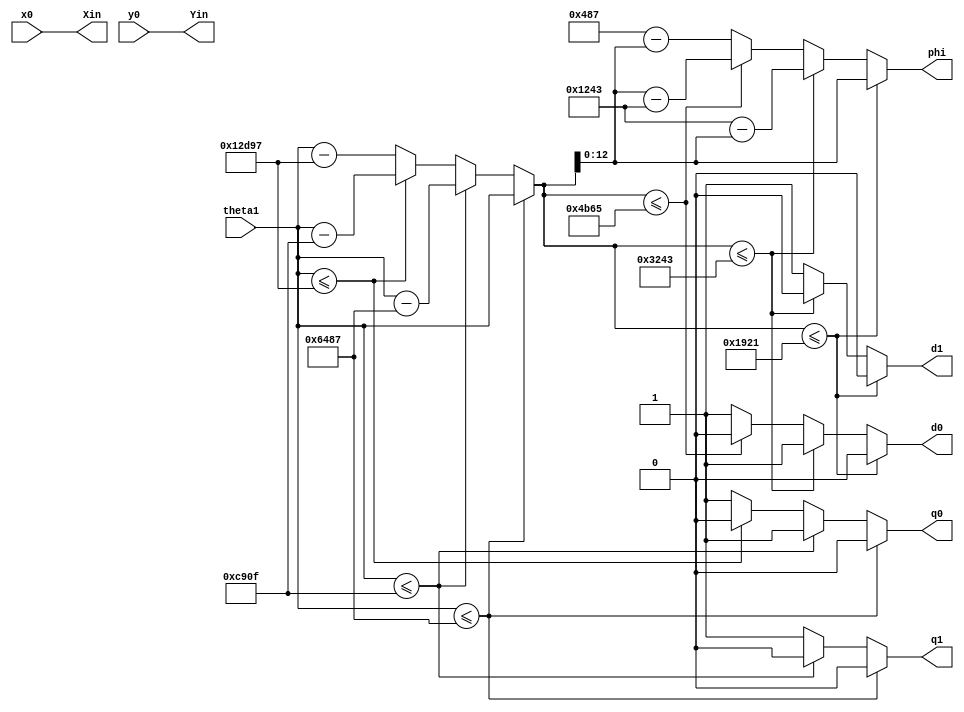
`timescale 1ns / 1ps

module preprocessing(theta1,x0,y0,phi,d0,d1,Xin,Yin,q0,q1);
input [17:0] theta1;
input signed [15:0] x0,y0;
output reg d0,d1,q0,q1;
output reg signed[15:0] Xin,Yin;
output reg [12:0] phi;
reg [17:0] interm,interm2;
always @(theta1)
begin
	if(theta1 <= 18'h06487) //pi/2
		begin
		interm = theta1;
		q0=0;
		q1=0;
		end
	else if(theta1 <= 18'h0C90F)
		begin
		interm = theta1 - 18'h06487;
		q0=1;
		q1=0;
		end
	else if(theta1 <= 18'h12D97)
		begin
		interm = theta1 - 18'h0C90F;
		q0=0;
		q1=1;
		end
	else
		begin
		interm = theta1 - 18'h12D97;
		q0=1;
		q1=1;
		end
end

always @(interm)
begin
	if(interm <= 18'h01921)
		begin
		phi = interm[12:0];
		d0 = 0;
		d1 = 0;
		end
	else if(interm <= 18'h03243)
		begin	
		interm2 = 18'h3243-interm;
		phi = interm2[12:0];
		d0 = 1;
		d1 = 0;
		end
	else if(interm <= 18'h04B65)
		begin
		interm2 = interm-18'h03243;
		phi = interm2[12:0];
		d0 = 0;
		d1 = 1;
		end
	else
		begin
		interm2 = 18'h06487-interm;
		phi = interm2[12:0];
		d0 = 1;
		d1 = 1;
		end
end
	
always @ (phi)
		begin
		Xin = x0;
		Yin = y0;
		end



	
	
	
	 


endmodule